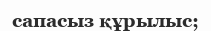
сапасыз құрылыс;